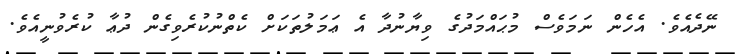
ނޭދެއެވެ. އެހެން ނަމަވެސް މުޙައްމަދުގެ ވިޔާނުދާ އެ ޢަމަލުތަކަށް ކެތްނުކުރެވިގެން ދުޢާ ކުރެވުނީއެވެ.